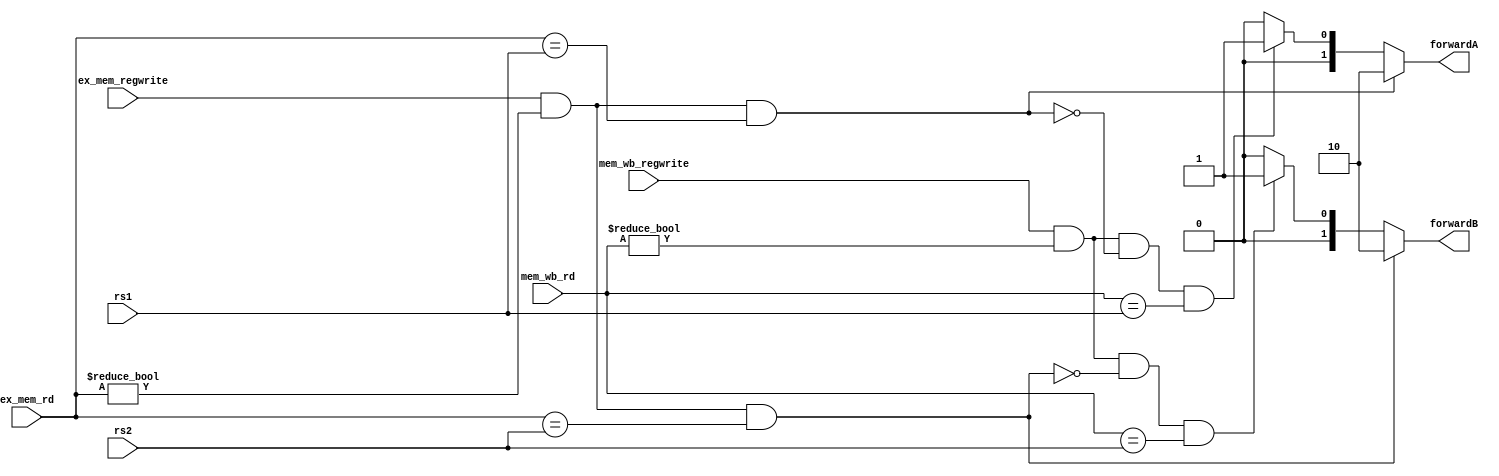
`timescale 1ns / 1ps
//////////////////////////////////////////////////////////////////////////////////
// Company: 
// Engineer: 
// 
// Design Name: 
// Module Name: forwarding
// Project Name: 
// Target Devices: 
// Tool Versions: 
// Description: 
// 
// Dependencies: 
// 
// Revision:
// Revision 0.01 - File Created
// Additional Comments:
// 
//////////////////////////////////////////////////////////////////////////////////


module forwarding(input [4:0] rs1,
                  input [4:0] rs2,
                  input [4:0] ex_mem_rd,
                  input [4:0] mem_wb_rd,
                  input ex_mem_regwrite,
                  input mem_wb_regwrite,
                  output reg [1:0] forwardA,forwardB);
                  
    always @(*)
    begin
        //forward A
        if(ex_mem_regwrite && (ex_mem_rd != 5'b0) && (ex_mem_rd == rs1))
        begin
            forwardA = 2'b10;
        end
        else if ((mem_wb_regwrite && mem_wb_rd != 5'b0)
        && !(ex_mem_regwrite && (ex_mem_rd != 5'b0) && (ex_mem_rd == rs1))
        && (mem_wb_rd == rs1))
        begin
            forwardA = 2'b01;
        end
        else
        begin
            forwardA = 2'b00;
        end
        
        //forward B
        if (ex_mem_regwrite && (ex_mem_rd != 5'b0) && (ex_mem_rd == rs2))
        begin
            forwardB <= 2'b10;
        end
        else if ((mem_wb_regwrite && (mem_wb_rd != 5'b0)) 
        && !(ex_mem_regwrite && (ex_mem_rd != 5'b0) && (ex_mem_rd == rs2)) 
        && (mem_wb_rd == rs2))
        begin
            forwardB <= 2'b01;
        end
        else
        begin
            forwardB <= 2'b00;
        end
    end
endmodule